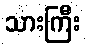
သားကြီး